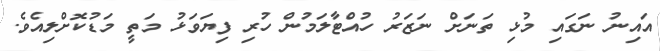
އައިނު ނަގައި މުޅި ތަނަށް ނަޒަރު ހުއްޓާލަމުން ހުރި ފިޔަވަޅު މަތީ މަޑުކޮށްލިއެވެ.